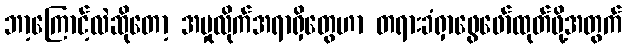
ဘာ့ကြောင့်လဲဆိုတော့ အမှုလိုက်အရာရှိတွေဟာ တရားခံရှာဖွေဖော်ထုတ်ဖို့အတွက်